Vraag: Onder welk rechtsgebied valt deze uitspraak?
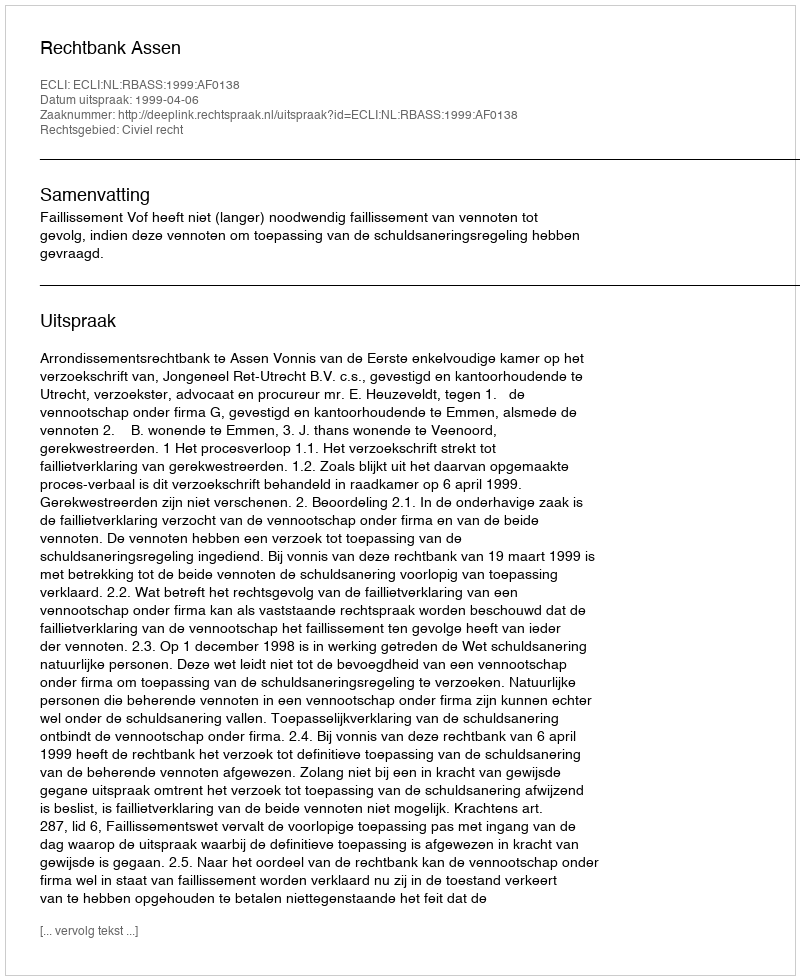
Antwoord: Civiel recht